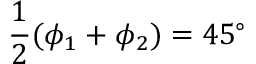
\frac 1 2 ( \phi _ { 1 } + \phi _ { 2 } ) = 4 5 ^ { \circ }